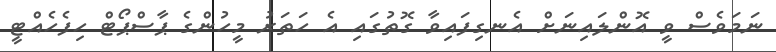
ނަމަވެސް ވީ އޮންލައިނަށް އެނގިފައިވާ ގޮތުގައި އެ ހަތަރު މީހުންގެ ޕާސްޕޯޓް ހިފެހެއްޓީ